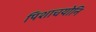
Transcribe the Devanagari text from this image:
पिशाचयोनि